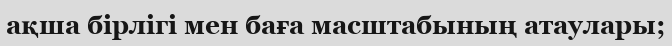
ақша бірлігі мен баға масштабының атаулары;